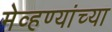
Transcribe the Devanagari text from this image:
मेव्हण्यांच्या